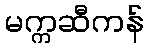
မက္ကဆီကန်